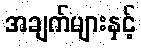
အချက်များနှင့်